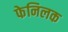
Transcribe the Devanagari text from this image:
फेनिलक